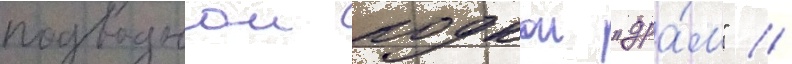
подводнои лодкои "дра́м" //